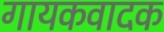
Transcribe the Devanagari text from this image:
गायकवादक